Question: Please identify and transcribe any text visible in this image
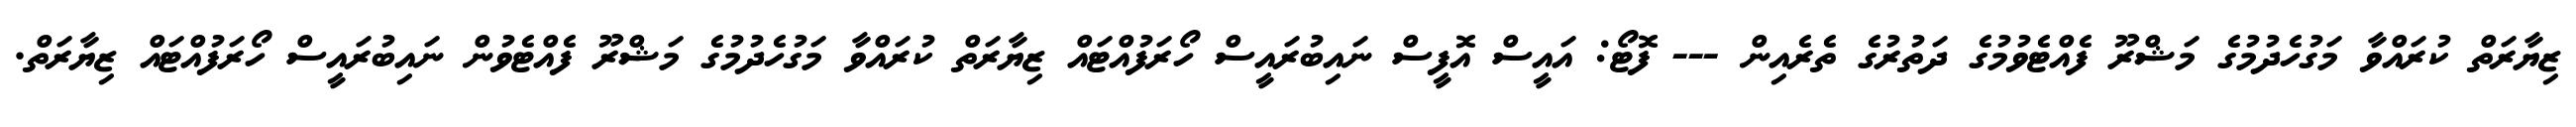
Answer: ޒިޔާރަތް ކުރައްވާ މަގުހެދުމުގެ މަޝްރޫ ފެއްޓެވުމުގެ ދަތުރުގެ ތެރެއިން --- ފޮޓޯ: އައީސް އޮފީސް ނައިބުރައީސް ހޯރަފުއްޓައް ޒިޔާރަތް ކުރައްވާ މަގުހެދުމުގެ މަޝްރޫ ފެއްޓެވުން ނައިބުރައީސް ހޯރަފުއްޓައް ޒިޔާރަތް.